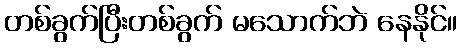
တစ်ခွက်ပြီးတစ်ခွက် မသောက်ဘဲ နေနိုင်။